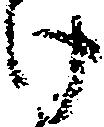
け